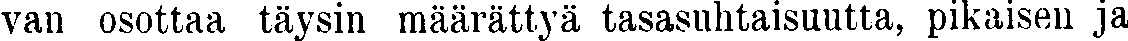
van osottaa täysin määrättyä tasasuhtaisuutta, pikaisen ja